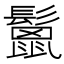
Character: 鬛